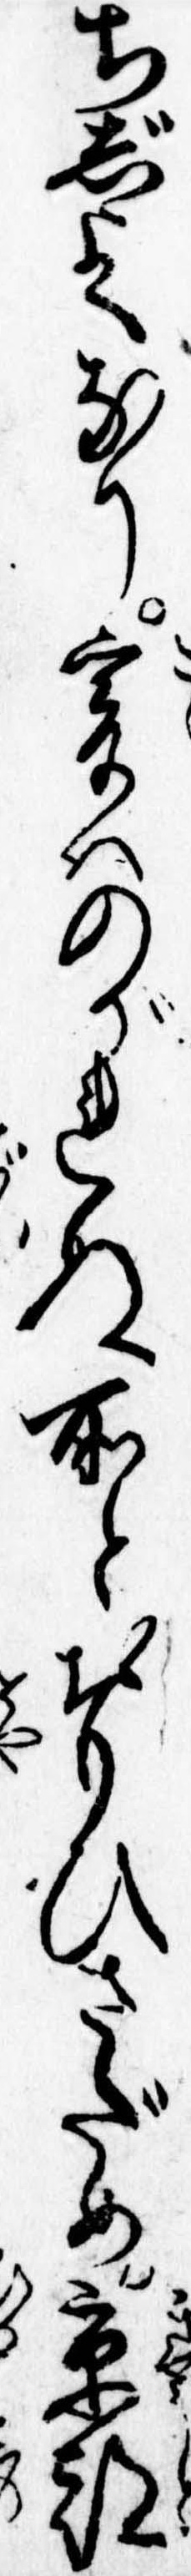
ちじよくなり爰はのがれぬ所とおもひさだめ京都